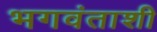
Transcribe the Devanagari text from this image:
भगवंताशी